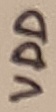
Text: VDD